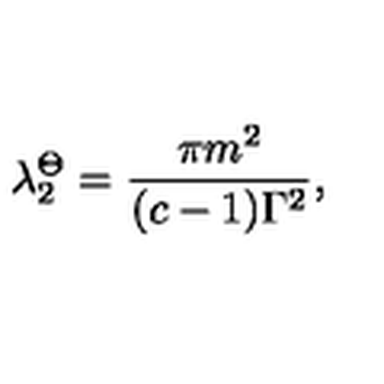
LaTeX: \lambda _ { 2 } ^ { \Theta } = \frac { \pi m ^ { 2 } } { ( c - 1 ) \Gamma ^ { 2 } } ,